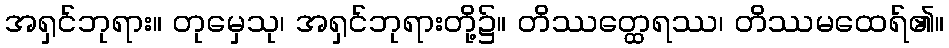
အရှင်ဘုရား။ တုမှေသု၊ အရှင်ဘုရားတို့၌။ တိဿတ္ထေရဿ၊ တိဿမထေရ်၏။